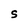
Character: S